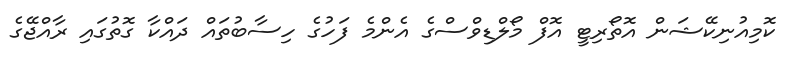
ކޮމިއުނިކޭޝަން އޮތޯރިޓީ އޮފް މޯލްޑިވްސްގެ އެންމެ ފަހުގެ ހިސާބުތައް ދައްކާ ގޮތުގައި ރާއްޖޭގެ